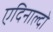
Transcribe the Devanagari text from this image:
एदिनाल्दो